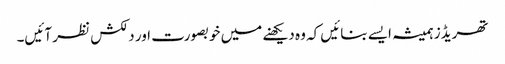
تھریڈز ہمیشہ ایسے بنائیں کہ وہ دیکھنے میں خوبصورت اور دلکش نظر آئیں۔